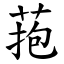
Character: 菢